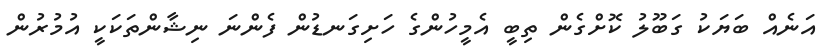
އަނެއް ބަޔަކު ގަބޫލު ކޮށްގެން ތިބީ އެމީހުންގެ ހަށިގަނޑުން ފެންނަ ނިޝާންތަކަކީ އުމުރުން